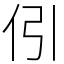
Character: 𠇁